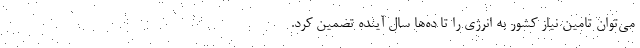
می‌توان تامین نیاز کشور به انرژی را تا ده‌ها سال آینده تضمین کرد.